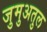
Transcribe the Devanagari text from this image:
जुमुअतुल